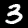
Digit: 3